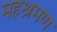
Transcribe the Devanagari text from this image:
महश्रमण